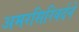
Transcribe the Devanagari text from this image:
अमरसिरिवर्दने